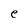
Character: e